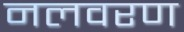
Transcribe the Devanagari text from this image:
नलवरण